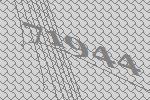
71944